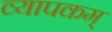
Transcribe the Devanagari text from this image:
व्यापकम्